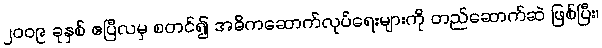
၂၀၀၉ ခုနှစ် ဧပြီလမှ စတင်၍ အဓိကဆောက်လုပ်ရေးများကို တည်ဆောက်ဆဲ ဖြစ်ပြီး၊